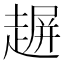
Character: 𧼲